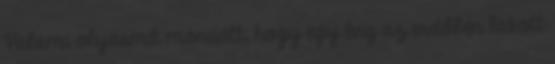
Valami olyasmit mondott, hogy egy évig az erdőben lakott